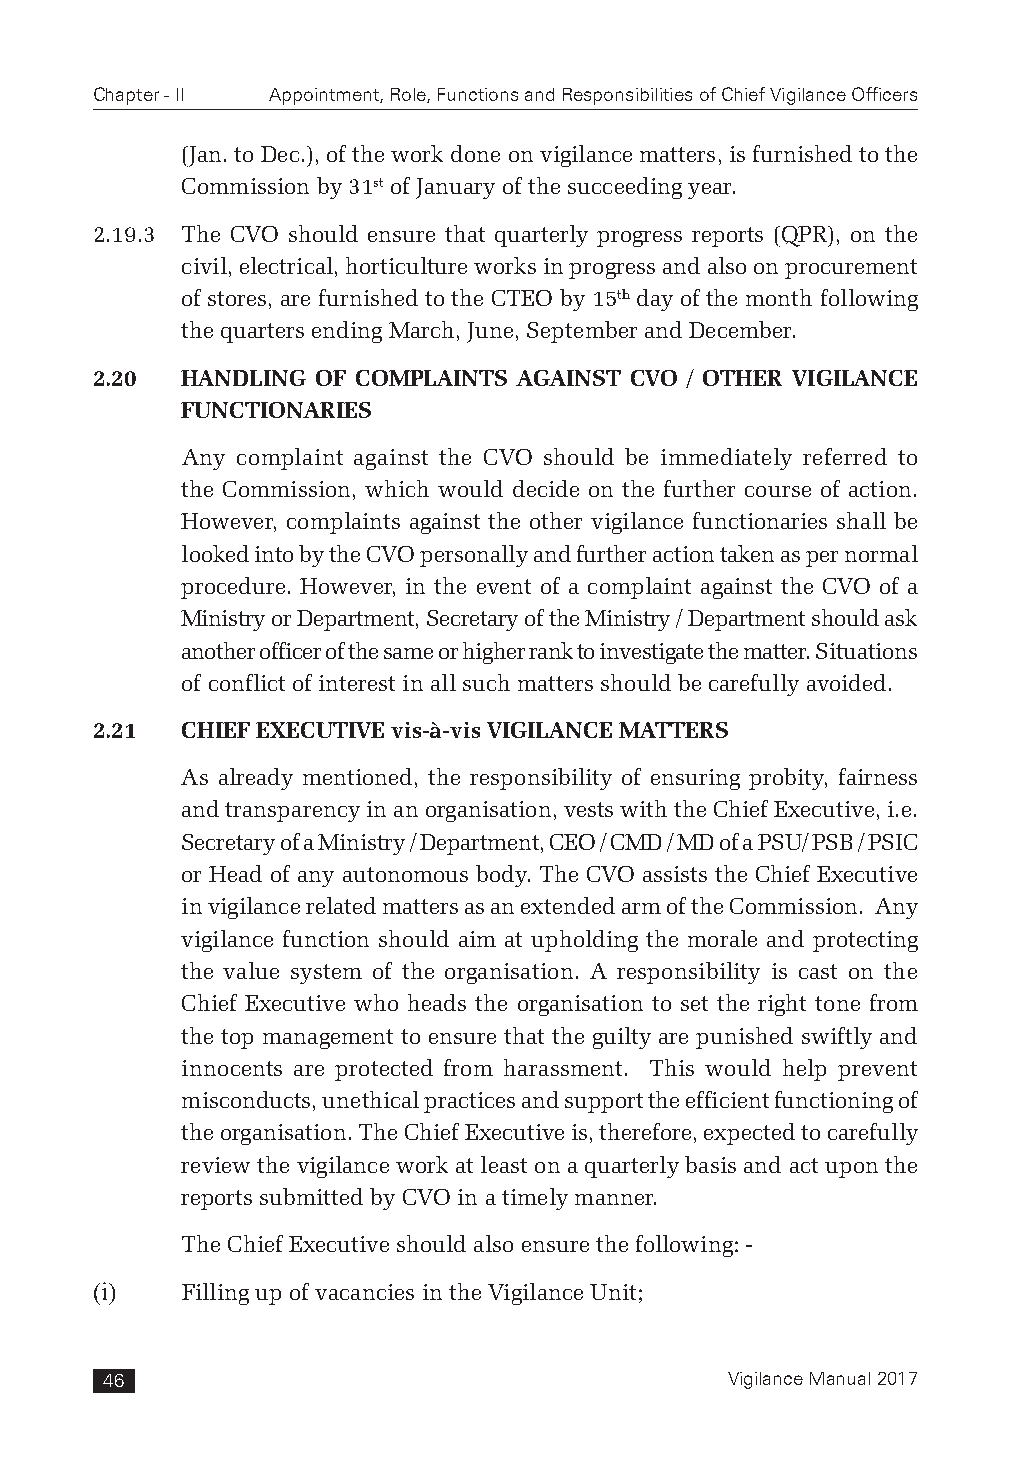
Chapter - II Appointment, Role, Functions and Responsibilities of Chief Vigilance Officers
 (Jan. to Dec.), of the work done on vigilance matters, is furnished to the
 Commission by 31st of January of the succeeding year.
 2.19.3 The CVO should ensure that quarterly progress reports (QPR), on the
 civil, electrical, horticulture works in progress and also on procurement
 of stores, are furnished to the CTEO by 15th day of the month following
 the quarters ending March, June, September and December.
 2.20  HANDLING OF COMPLAINTS AGAINST CVO / OTHER VIGILANCE
 FUNCTIONARIES
 Any complaint against the CVO should be immediately referred to
 the Commission, which would decide on the further course of action.
 However, complaints against the other vigilance functionaries shall be
 looked into by the CVO personally and further action taken as per normal
 procedure. However, in the event of a complaint against the CVO of a
 Ministry or Department, Secretary of the Ministry / Department should ask
 another officer of the same or higher rank to investigate the matter. Situations
 of conflict of interest in all such matters should be carefully avoided.
 2.21  CHIEF EXECUTIVE vis-à-vis VIGILANCE MATTERS
 As already mentioned, the responsibility of ensuring probity, fairness
 and transparency in an organisation, vests with the Chief Executive, i.e.
 Secretary of a Ministry / Department, CEO / CMD / MD of a PSU/ PSB / PSIC
 or Head of any autonomous body. The CVO assists the Chief Executive
 in vigilance related matters as an extended arm of the Commission. Any
 vigilance function should aim at upholding the morale and protecting
 the value system of the organisation. A responsibility is cast on the
 Chief Executive who heads the organisation to set the right tone from
 the top management to ensure that the guilty are punished swiftly and
 innocents are protected from harassment. This would help prevent
 misconducts, unethical practices and support the efficient functioning of
 the organisation. The Chief Executive is, therefore, expected to carefully
 review the vigilance work at least on a quarterly basis and act upon the
 reports submitted by CVO in a timely manner.
 The Chief Executive should also ensure the following: -
 (i)   Filling up of vacancies in the Vigilance Unit;
 46                                       Vigilance Manual 2017